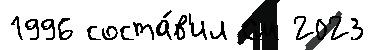
1996 соста́в'ил См 2023